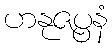
ဟနုဇပ္ပနံ